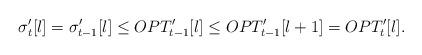
LaTeX: \begin{align*}\sigma_{t}^{\prime}[l]=\sigma_{t-1}^{\prime}[l]\leq OPT_{t-1}^{\prime}[l]\leq OPT_{t-1}^{\prime}[l+1]= OPT_{t}^{\prime}[l]. \end{align*}